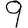
Digit: 9